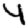
Digit: 4